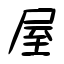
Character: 屋